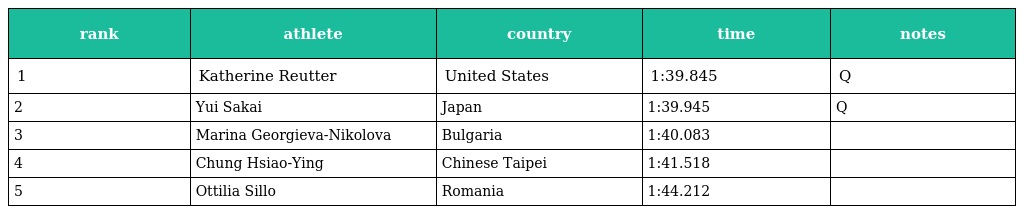
| rank | athlete | country | time | notes |
 | --- | --- | --- | --- | --- |
 | 1 | Katherine Reutter | United States | 1:39.845 | Q |
 | 2 | Yui Sakai | Japan | 1:39.945 | Q |
 | 3 | Marina Georgieva-Nikolova | Bulgaria | 1:40.083 |  |
 | 4 | Chung Hsiao-Ying | Chinese Taipei | 1:41.518 |  |
 | 5 | Ottilia Sillo | Romania | 1:44.212 |  |